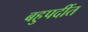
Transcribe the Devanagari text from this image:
बहुपदींत